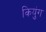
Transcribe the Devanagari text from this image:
कियुंग